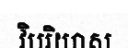
វិបរិយាស